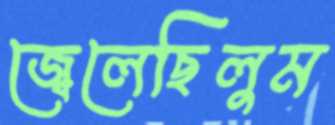
জ্বেলেছিলুম